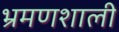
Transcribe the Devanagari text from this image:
भ्रमणशाली